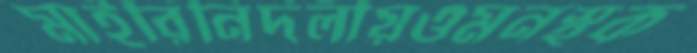
মাইরিনির্দলীয়ওমনস্থক